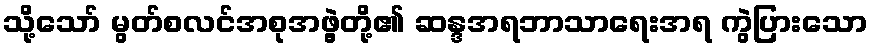
သို့သော် မွတ်စလင်အစုအဖွဲ့တို့၏ ဆန္ဒအရဘာသာရေးအရ ကွဲပြားသော